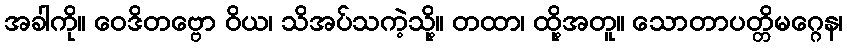
အခါကို။ ဝေဒိတဗ္ဗော ဝိယ၊ သိအပ်သကဲ့သို့။ တထာ၊ ထို့အတူ။ သောတာပတ္တိမဂ္ဂေန၊